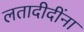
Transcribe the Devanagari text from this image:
लतादीदींना